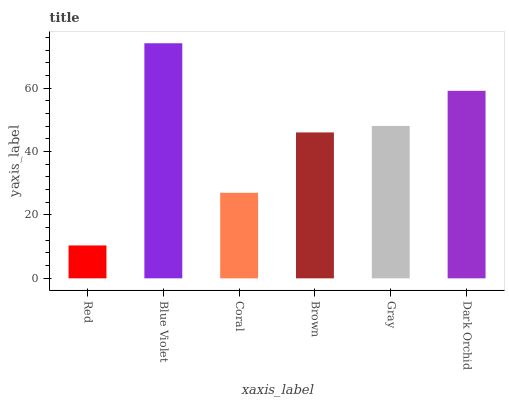
| xaxis_label | bars |
 | --- | --- |
 | Red | 10.4 |
 | Blue Violet | 74.1 |
 | Coral | 27 |
 | Brown | 46 |
 | Gray | 48.1 |
 | Dark Orchid | 59.1 |